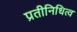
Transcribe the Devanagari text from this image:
प्रतीनिधित्व